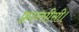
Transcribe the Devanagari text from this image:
फ़्रान्सीसी।